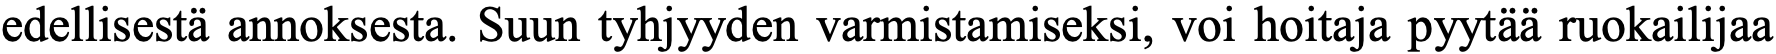
edellisestä annoksesta. Suun tyhjyyden varmistamiseksi, voi hoitaja pyytää ruokailijaa